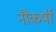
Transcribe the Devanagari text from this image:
नौकर्षी